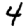
Digit: 4